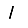
Digit: 1